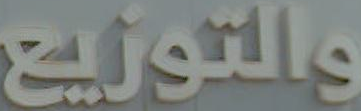
والتوزيع